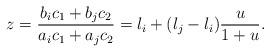
LaTeX: \begin{align*}z=\frac{b_ic_1+b_jc_2}{a_ic_1+a_jc_2}=l_i+(l_j-l_i)\frac{u}{1+u}.\end{align*}